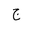
Letter: _gim